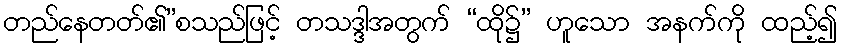
တည်နေတတ်၏”စသည်ဖြင့် တသဒ္ဒါအတွက် “ထို၌” ဟူသော အနက်ကို ထည့်၍